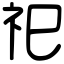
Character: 祀